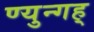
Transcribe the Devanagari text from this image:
ण्युन्गह्